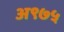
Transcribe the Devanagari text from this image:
अ९७५